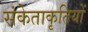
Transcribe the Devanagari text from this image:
संकेताकृतियों